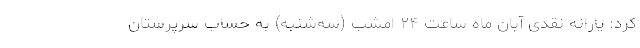
کرد: یارانه نقدی آبان ماه ساعت ۲۴ امشب (سه‌شنبه) به حساب سرپرستان